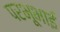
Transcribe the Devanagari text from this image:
परभूभाई